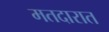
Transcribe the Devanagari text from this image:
मतदारात